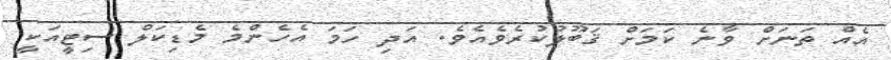
އެއް ތަނަށް ވާނެ ކަމަށް ޤަބޫލުކުރެވެއެވެ. އަދި ހަމަ އެހެންމެ މެޑިކަލް ސިޓީއަކީ